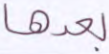
بعدها